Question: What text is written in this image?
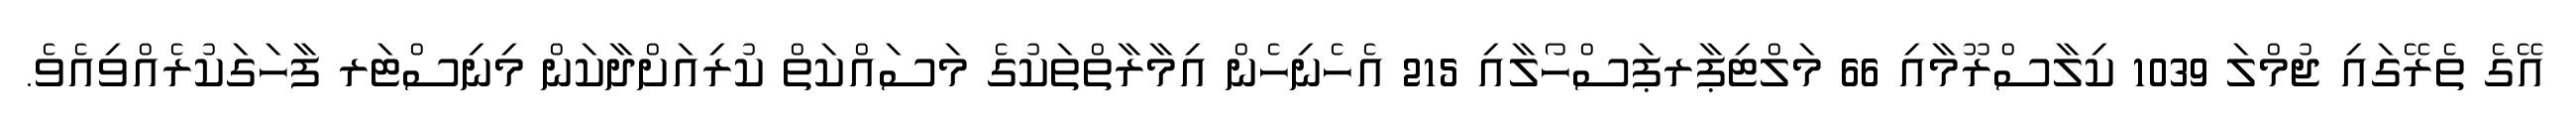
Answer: އޭގެ ތެރޭގައި ޖުމްލަ 1039 ކިލާސްރޫމާއި 66 މަލްޓިޕާރޕަސްހޯލާއި 215 އެހެނިހެން އިމާރާތްތަކުގެ މަސައްކަތް ކުރިއަށްދާކަން މިނިސްޓަރ ފާހަގަކުރެއްވިއެވެ.